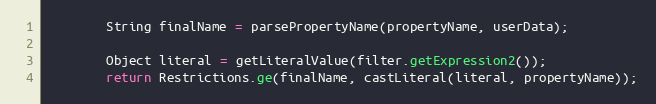
Language: Java
		String finalName = parsePropertyName(propertyName, userData);

		Object literal = getLiteralValue(filter.getExpression2());
		return Restrictions.ge(finalName, castLiteral(literal, propertyName));